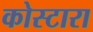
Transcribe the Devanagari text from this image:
कोस्‍टारा